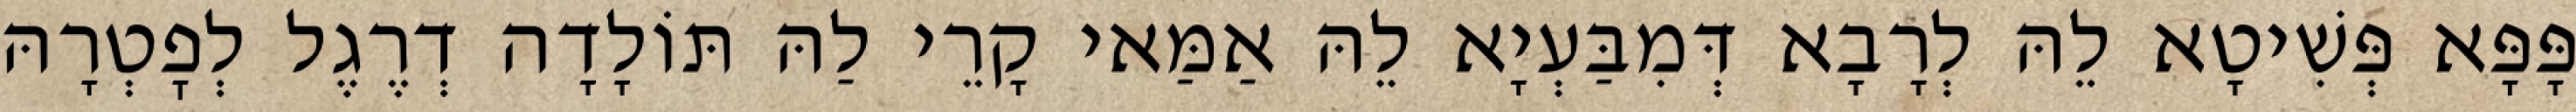
פָּפָּא פְּשִׁיטָא לֵהּ לְרָבָא דְּמִבַּעְיָא לֵהּ אַמַּאי קָרֵי לַהּ תּוֹלָדָה דְרֶגֶל לְפׇטְרָהּ